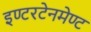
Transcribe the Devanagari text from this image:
इण्टरटेनमेण्ट